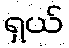
ရှယ်